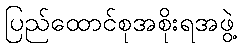
ပြည်ထောင်စုအစိုးရအဖွဲ့